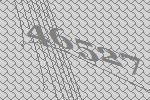
46527